Etiology and epidemiology of plague
Disease focus: Plague
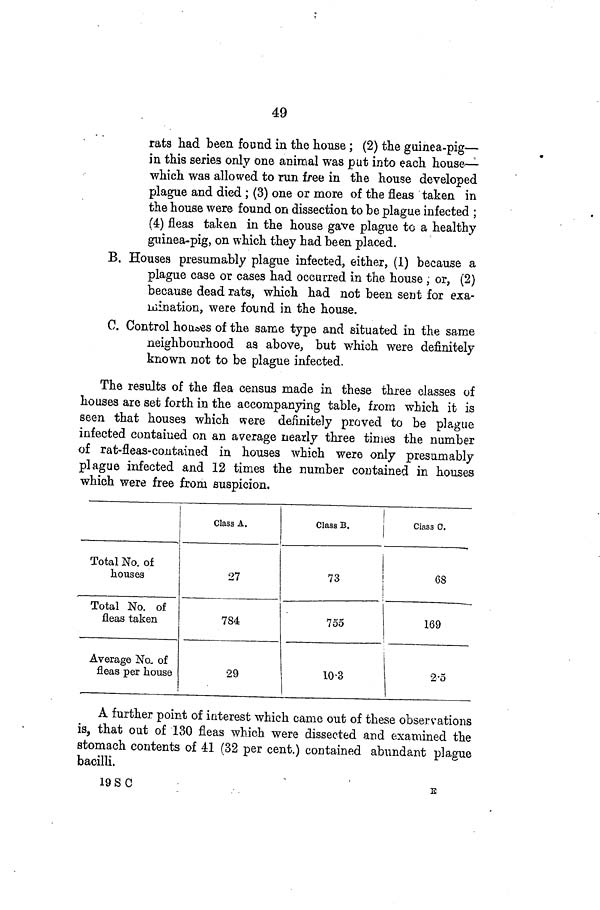
49
rats had been found in the house ; (2) the guinea-pig—
in this series only one animal was put into each house—
which was allowed to run free in the house developed
plague and died ; (3) one or more of the fleas taken in
the house were found on dissection to be plague infected ;
(4) fleas taken in the house gave plague to a healthy
guinea-pig, on which they had been placed.
B. Houses presumably plague infected, either, (1) because a
plague case or cases had occurred in the house , or, (2)
because dead rats, which had not been sent for exa-
mination, were found in the house.
C. Control houses of the same type and situated in the same
neighbourhood as above, but which were definitely
known not to be plague infected.
The results of the flea census made in these three classes of
houses are set forth in the accompanying table, from which it is
seen that houses which were definitely proved to be plague
infected contained on an average nearly three times the number
of rat-fleas-contained in houses which were only presumably
plague infected and 12 times the number contained in houses
which were free from suspicion.
Total No. of
houses
Total No. of
fleas taken
Average No. of
fleas per house
Class A.
27
784
29
Class B.
73
755
10 3
Class C.
68
169
2 5
A further point of interest which came out of these observations
is, that out of 130 fleas which were dissected and examined the
stomach contents of 41 (32 per cent.) contained abundant plague
bacilli.
19 S
C
E